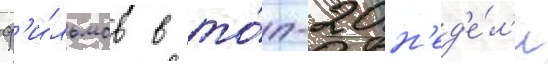
ф'и́льмов в то́п-20 н'ед'е́л'и